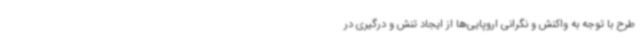
طرح با توجه به واکنش و نگرانی اروپایی‌ها از ایجاد تنش و درگیری در